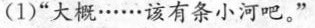
(1)“大概······该有条小河吧。”